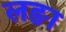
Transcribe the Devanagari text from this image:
लङा